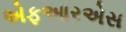
એફઆરએસ